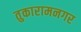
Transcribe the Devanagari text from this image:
तुकारामनगर